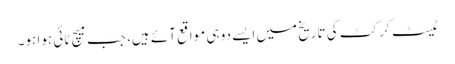
ٹیسٹ کرکٹ کی تاریخ میں ایسے دو ہی مواقع آئے ہیں، جب میچ ٹائی ہوا ہو۔